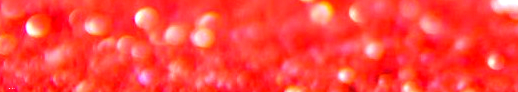
Try Our Pizza